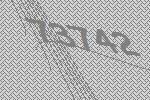
73742